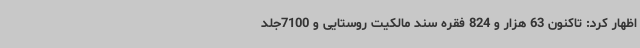
اظهار کرد: تاکنون 63 هزار و 824 فقره سند مالکیت روستایی و 7100جلد